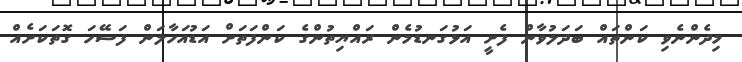
މިދެންނެވި ކަންތައް ބަދަލުވާން ފެށީ އަޅުގަނޑުމެން ރައްޔިތުންގެ ކަންފަތަށް އަޑުއަހާލަން ފަސޭހަ ގޮތަކަށެއް